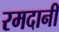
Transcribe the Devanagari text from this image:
रमदानी